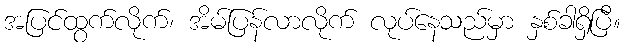
အပြင်ထွက်လိုက်၊ အိမ်ပြန်လာလိုက် လုပ်နေသည်မှာ နှစ်ခါရှိပြီ။